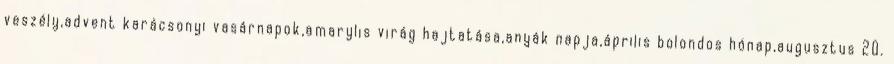
veszély,advent karácsonyi vasárnapok,amarylis virág hajtatása,anyák napja,április bolondos hónap,augusztus 20.